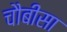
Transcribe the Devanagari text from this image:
चौबीसा